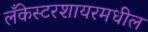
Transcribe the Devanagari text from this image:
लँकेस्टरशायरमधील